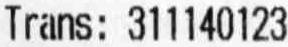
TRANS: 311140123